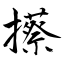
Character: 攃